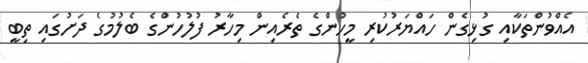
އެއްވުންތަކާއި ގުޅިގެން ހައްޔަރުކުރި މީހުންގެ ތެރެއިން މިހާރު ފުލުހުންގެ ބެލުމުގެ ދަށުގައި ތިބީ